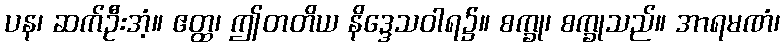
ပန၊ ဆက်ဦးအံ့။ ဧတ္ထ၊ ဤတတိယ နိဒ္ဒေသဝါရ၌။ စက္ခု၊ စက္ခုသည်။ အာရမဏံ၊